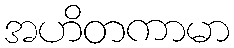
အဟိတကာမာ